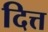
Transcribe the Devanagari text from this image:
दित्त